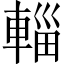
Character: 輜